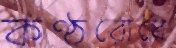
কণ্ঠরোধে